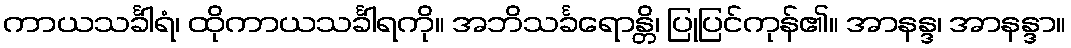
ကာယသင်္ခါရံ၊ ထိုကာယသင်္ခါရကို။ အဘိသင်္ခရောန္တိ၊ ပြုပြင်ကုန်၏။ အာနန္ဒ၊ အာနန္ဒာ။